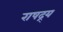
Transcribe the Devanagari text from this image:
राषद्र्य